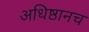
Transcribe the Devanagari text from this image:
अधिष्ठानच